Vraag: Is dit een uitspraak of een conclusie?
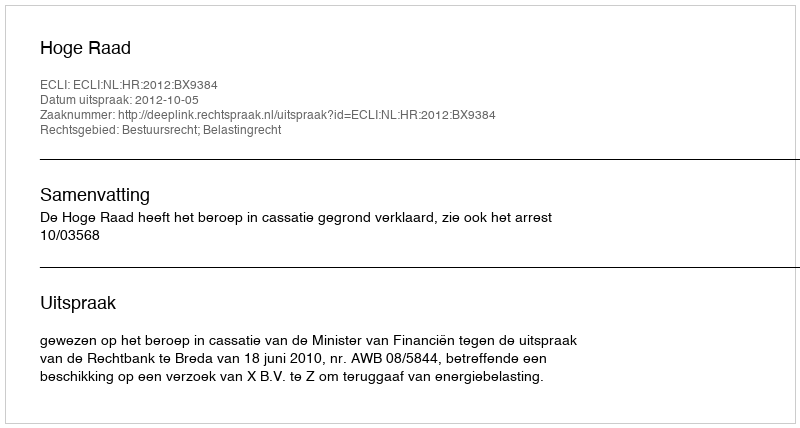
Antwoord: Uitspraak